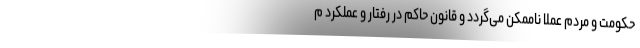
حکومت و مردم عملا ناممکن می‌گردد و قانون حاکم در رفتار و عملکرد م